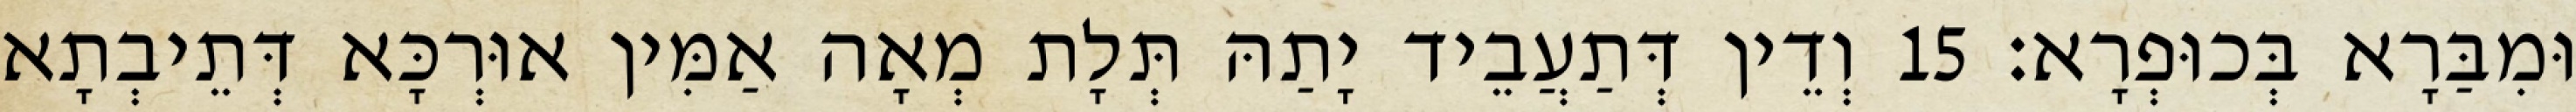
וּמִבַּרָא בְּכוּפְרָא׃ 15 וְדֵין דְּתַעֲבֵיד יָתַהּ תְּלָת מְאָה אַמִּין אוּרְכָּא דְּתֵיבְתָא